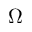
\Omega